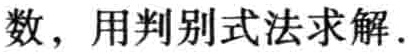
数，用判别式法求解.